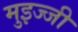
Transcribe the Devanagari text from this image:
मुइज्जी